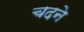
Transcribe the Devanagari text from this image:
चदने